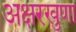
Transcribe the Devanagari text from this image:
अक्षरखुणा